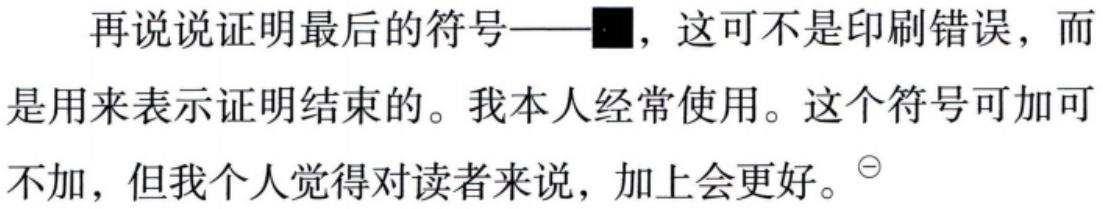
再说说证明最后的符号——$\blacksquare$，这可不是印刷错误，而是用来表示证明结束的。我本人经常使用。这个符号可加可不加，但我个人觉得对读者来说，加上会更好。$^{\ominus}$